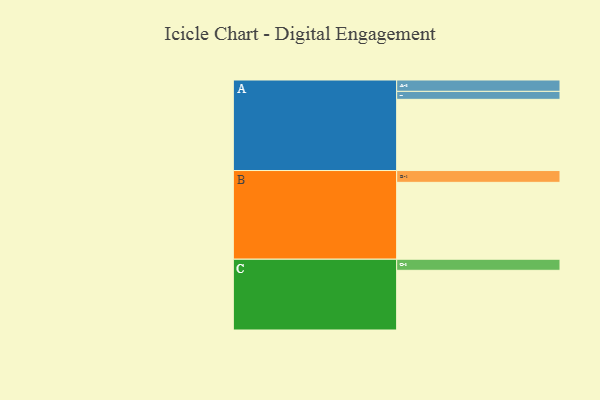
{"axis": {"x": "Segment", "y": "Value"}, "legend": ["", "A", "B", "C"], "data": [{"x": "A", "y": 501, "type": ""}, {"x": "B", "y": 541, "type": ""}, {"x": "C", "y": 420, "type": ""}, {"x": "A-1", "y": 80, "type": "A"}, {"x": "A-2", "y": 56, "type": "A"}, {"x": "B-1", "y": 83, "type": "B"}, {"x": "C-1", "y": 78, "type": "C"}]}